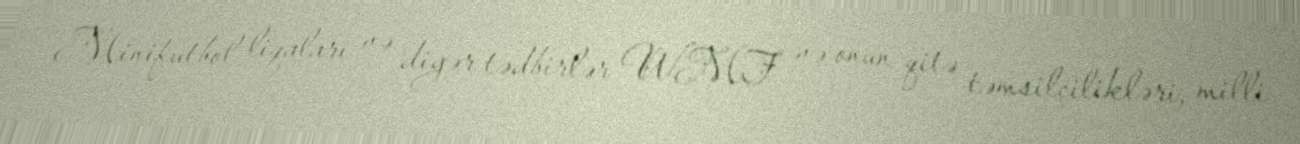
Minifutbol liqaları və digər tədbirlər WMF və onun qitə təmsilçilikləri, milli